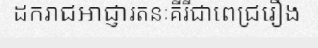
ដករាជអាជ្ញារតនៈគីរីជាពេជ្ររឿង